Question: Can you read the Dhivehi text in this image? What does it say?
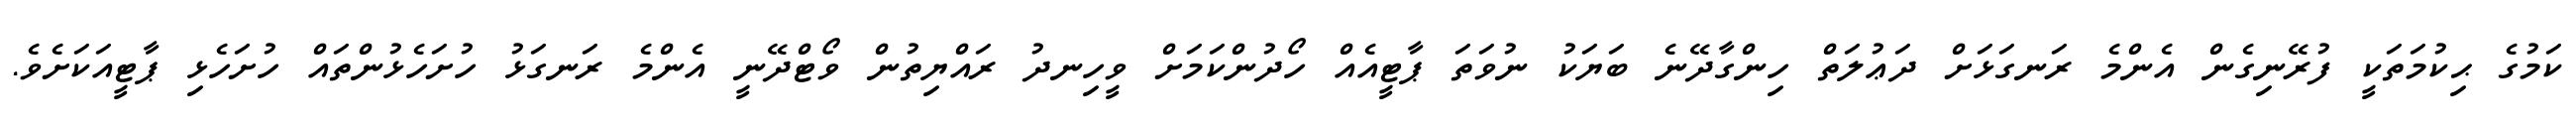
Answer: ކަމުގެ ޙިކުމަތަކީ ފުރޭނިގެން އެންމެ ރަނގަޅަށް ދަޢުލަތް ހިންގާދޭނެ ބަޔަކު ނުވަތަ ޕާޓީއެއް ހޯދުންކަމަށް ވީހިނދު ރައްޔިތުން ވޯޓްދޭނީ އެންމެ ރަނގަޅު ހުށަހެޅުންތައް ހުށަހެޅި ޕާޓީއަކަށެވެ.